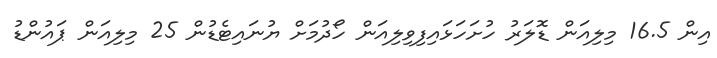
އިން 16.5 މިލިއަން ޑޮލަރު ހުށަހަޅައިފިވިލިއަން ހޯދުމަށް ޔުނައިޓެޑުން 25 މިލިއަން ޕައުންޑު